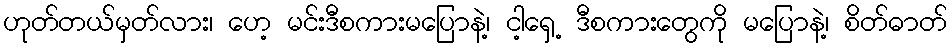
ဟုတ်တယ်မှတ်လား၊ ဟေ့ မင်းဒီစကားမပြောနဲ့၊ ငါ့ရှေ့ ဒီစကားတွေကို မပြောနဲ့၊ စိတ်ဓာတ်